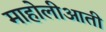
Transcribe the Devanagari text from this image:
माहोलीआती